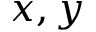
x , y